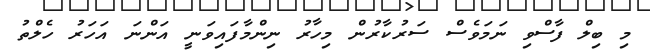
މި ބިލް ފާސްވި ނަމަވެސް ސަރުކާރުން މިހާރު ނިންމާފައިވަނީ އަންނަ އަހަރު ހެލްތު